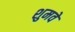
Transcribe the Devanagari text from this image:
शुमवे